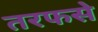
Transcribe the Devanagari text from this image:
तरफसे